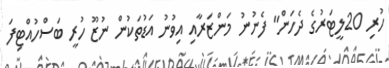
ހުރި 20ލީޓަރުގެ ދެހަން" ފެނުނު މަންޒަރާއި އިވުނު އަޑުތަކުން ނުޒޫ ހުރީ ބަސްހުއްޓިފަ